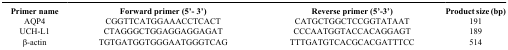
| Primer name | Forward primer (5’- 3’) | Reverse primer (5’-3’) | Product size (bp) |
 | --- | --- | --- | --- |
 | AQP4 | CGGTTCATGGAAACCTCACT | CATGCTGGCTCCGGTATAAT | 191 |
 | UCH-L1 | CTAGGGCTGGAGGAGGAGAT | CCCAATGGTACCACAGGAGT | 189 |
 | β-actin | TGTGATGGTGGGAATGGGTCAG | TTTGATGTCACGCACGATTTCC | 514 |